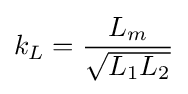
k_{L}={\frac {L_{m}}{\sqrt {L_{1}L_{2}}}}